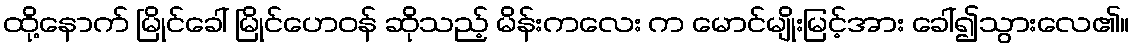
ထို့နောက် မြိုင်ခေါ် မြိုင်ဟေဝန် ဆိုသည့် မိန်းကလေး က မောင်မျိုးမြင့်အား ခေါ်၍သွားလေ၏။